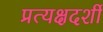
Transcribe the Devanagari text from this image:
प्रत्‍यक्षदर्शी